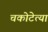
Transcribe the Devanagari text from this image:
चकोटेत्या